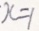
x = 1